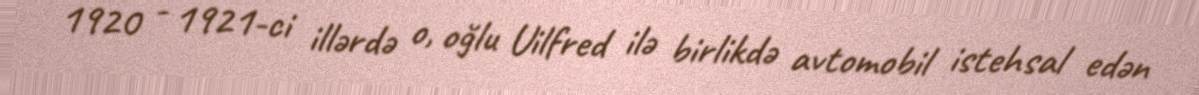
1920 - 1921-ci illərdə o, oğlu Uilfred ilə birlikdə avtomobil istehsal edən